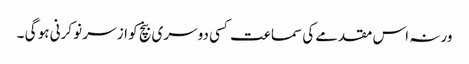
ورنہ اس مقدمے کی سماعت کسی دوسری بنچ کو از سر نو کرنی ہو گی ۔